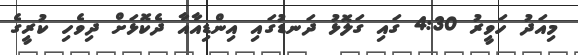
މިއަދު ހަވީރު 4:30 ގައި ގަލޮޅު ދަނޑުގައި އިންޑިއާއާ ދެކޮޅަށް ދިވެހި ކުރީގެ